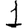
Digit: 1